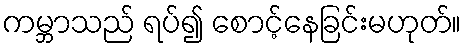
ကမ္ဘာသည် ရပ်၍ စောင့်နေခြင်းမဟုတ်။